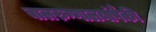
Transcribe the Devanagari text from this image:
बालरुग्णालयांपैकी